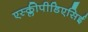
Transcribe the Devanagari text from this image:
एस्क्लीपीडिएसिई